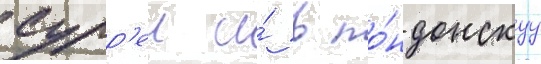
сурр'еи и́ в ло́ндонскуу